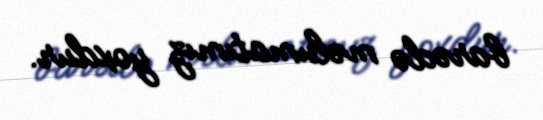
barədə məlumatımız yoxdur.